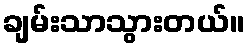
ချမ်းသာသွားတယ်။